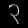
Digit: ၃